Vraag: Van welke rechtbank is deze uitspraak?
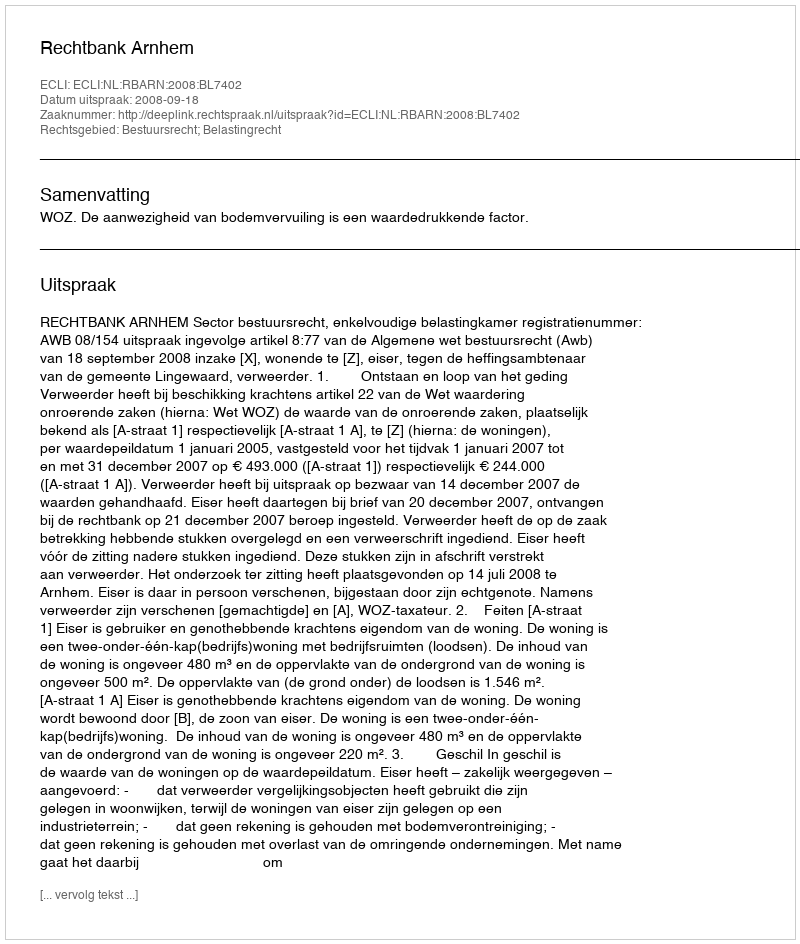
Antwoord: Rechtbank Arnhem